Vabadussoja_Ajaloo_Komitee, lk 4
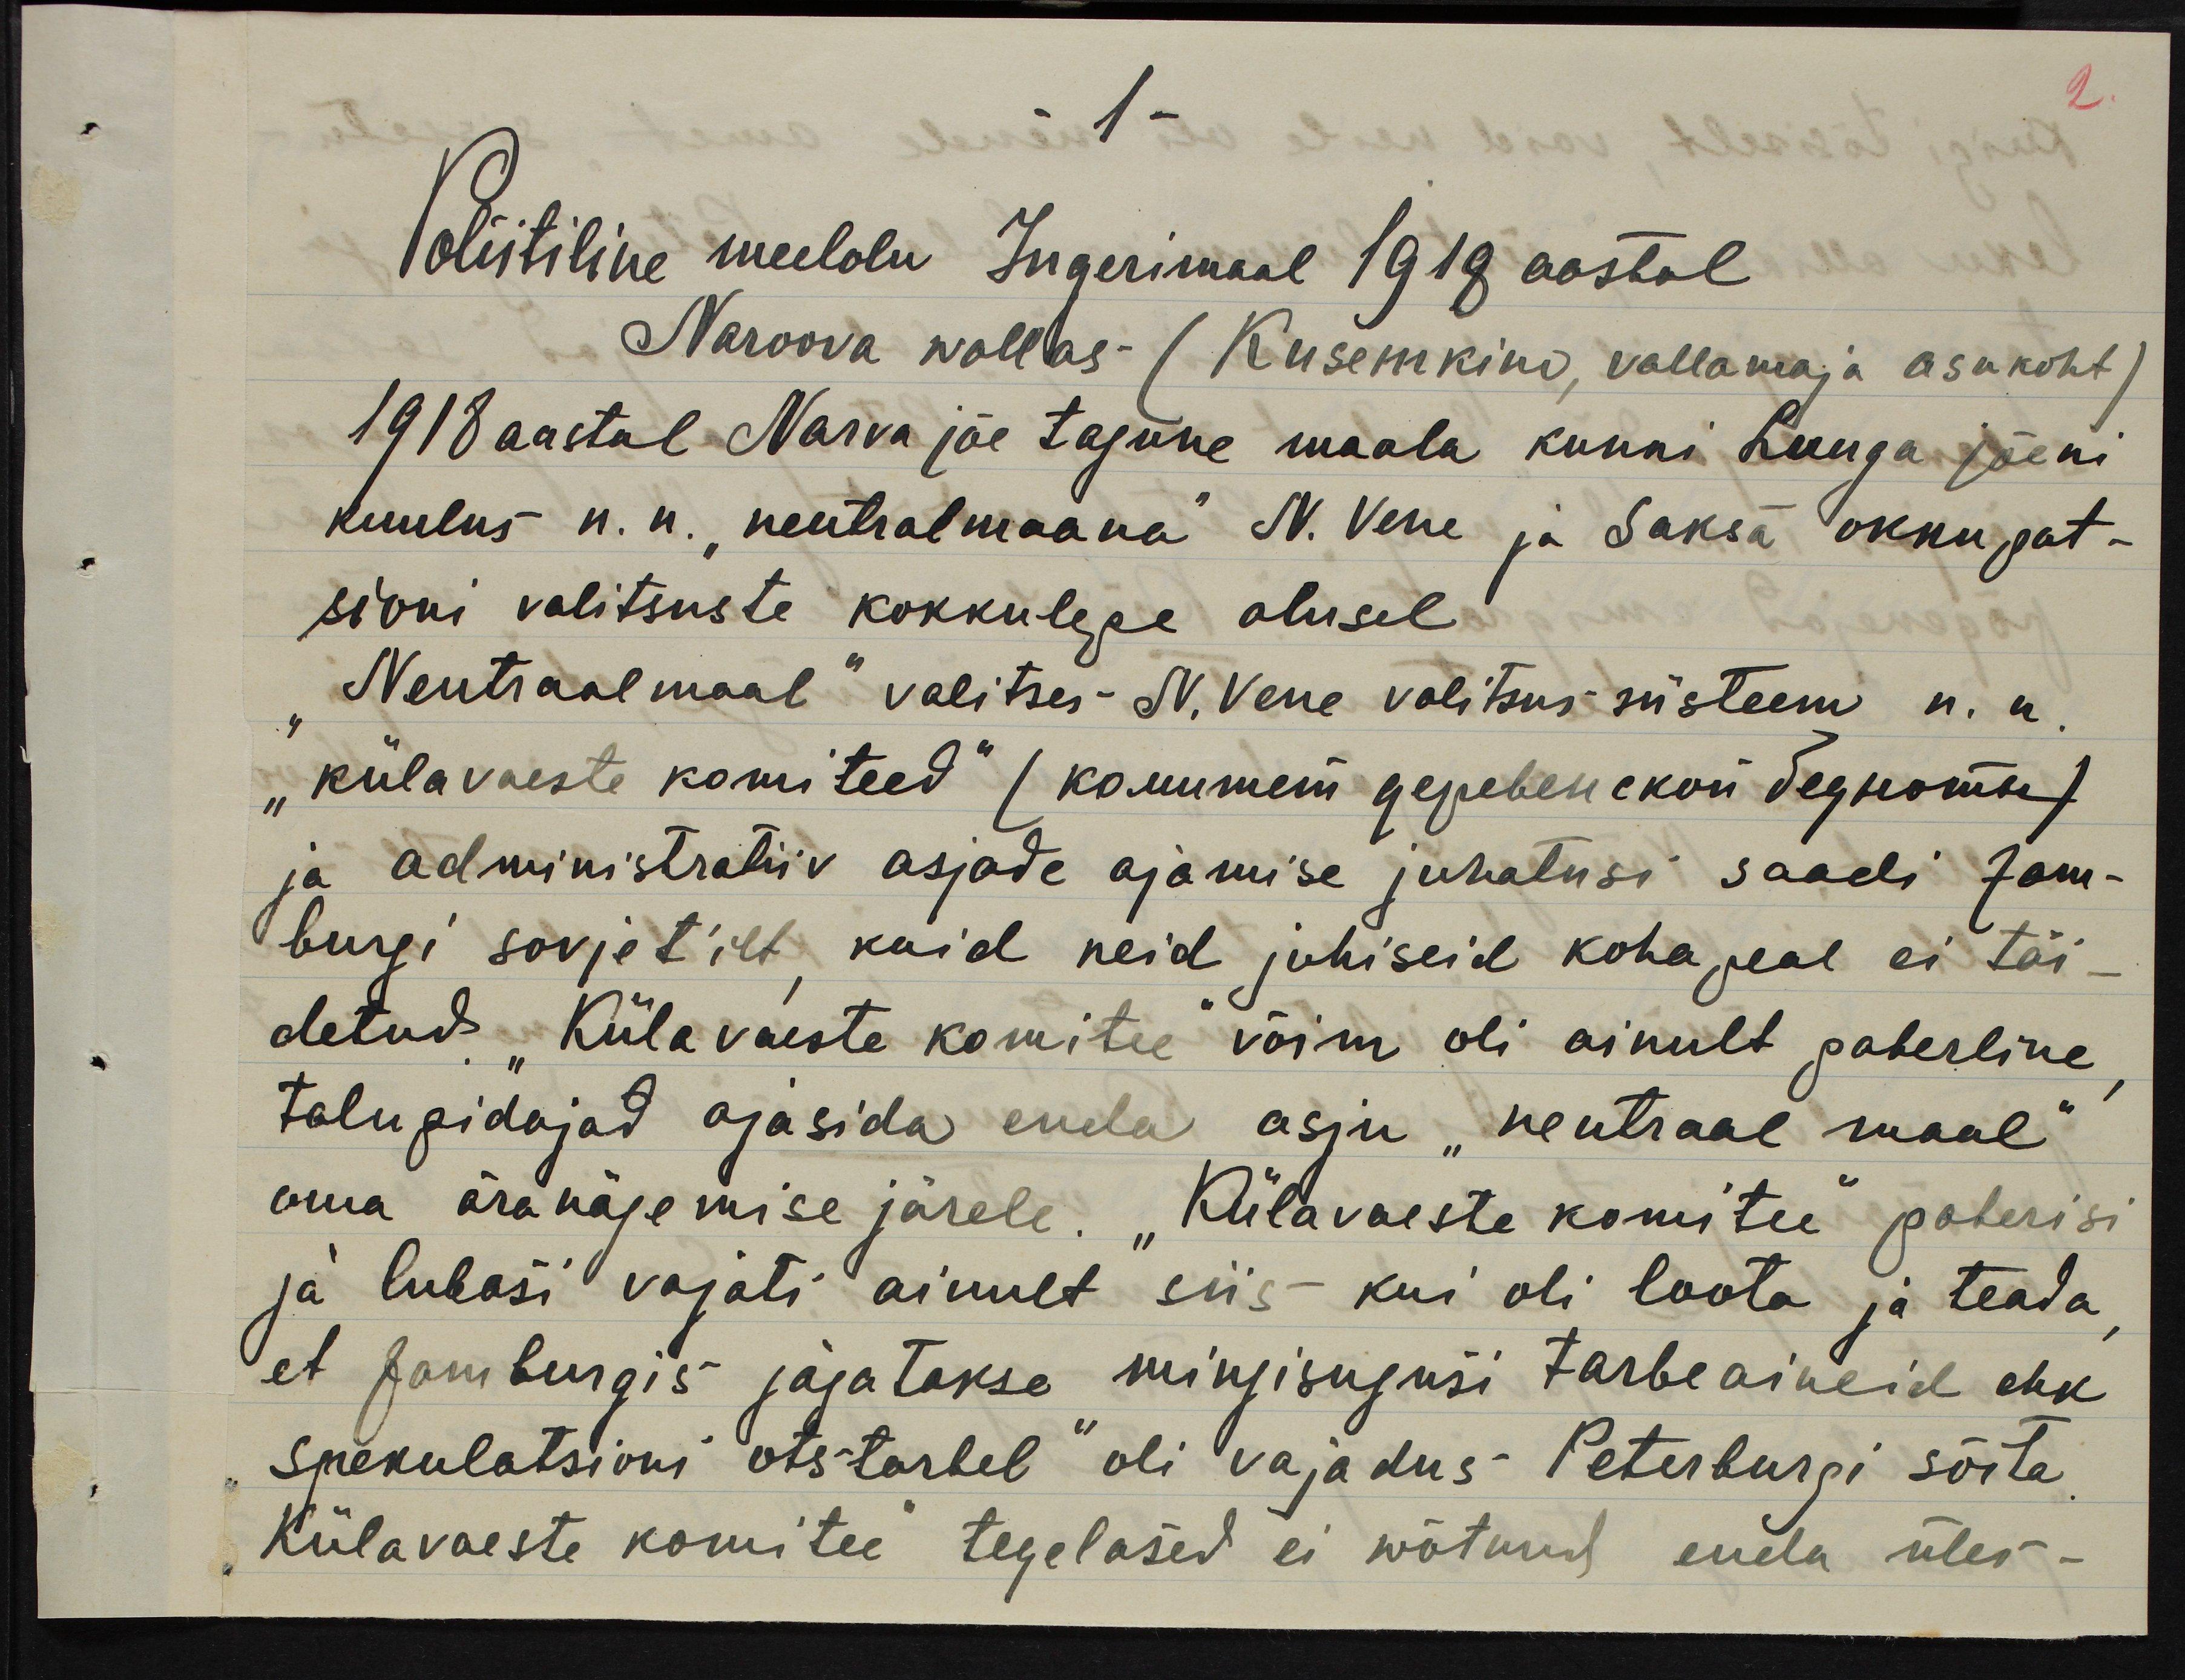
- 1 -
Poliitiline meelolu Ingerimaal 1918 aastal
Naroova wallas (Kusemkino, vallamaja asukoht)
1918 aastal Narva jõe tagune maala kunni Luuga jõeni
kuulus n.n. "neutralmaana" N. Vene ja Saksa okkupat-
sioni valitsuste kokkulepe alusel
"Neutraalmaal" valitses N. Vene valitsus süsteem n.n.
"külavaeste komiteed" (комитет деревенской бедноты )
ja administratiiv asjade ajamise juhatusi saadi Jam-
burgi sovjet'ilt, kuid neid juhiseid koha peal ei täi-
detud. "Külavaeste komitee" võim oli ainult paberline,
talupidajad ajasida enda asju "neutraal maal"
oma äranägemise järele. "Külavaeste komitee" paberisi
ja lubasi vajati ainult siis kui oli loota ja teada,
et Jamburgis jagatakse mingisugusi tarbeaineid ehk
"spekulatsioni otstarbel" oli vajadus Peterburgi sõita.
"Külavaeste komitee" tegelased ei wõtnud enda üles-